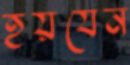
হয়যেন